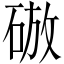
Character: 𥓴